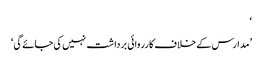
‘
’مدارس کے خلاف کارروائی برداشت نہیں کی جائے گی‘